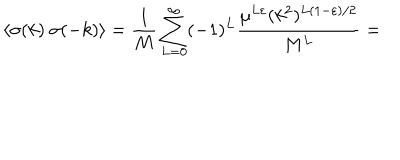
LaTeX: \langle \sigma ( k ) ~ \sigma ( - k ) \rangle = \frac { 1 } { M } \sum _ { L = 0 } ^ { \infty } ( - 1 ) ^ { L } \frac { \mu ^ { L \varepsilon } ( k ^ { 2 } ) ^ { L ( 1 - \varepsilon ) / 2 } } { M ^ { L } } =